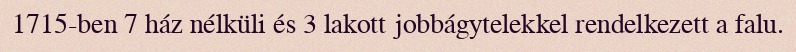
1715-ben 7 ház nélküli és 3 lakott jobbágytelekkel rendelkezett a falu.